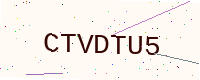
Text: CTVDTU5